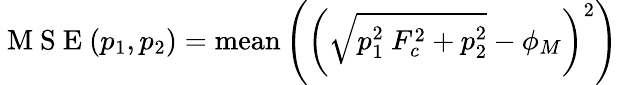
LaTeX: \mathrm{~M~S~E~}(p_{1},p_{2})=\textrm{mean}\left(\left(\sqrt{p_{1}^{2}~F_{c}^{2}+p_{2}^{2}}-\phi_{M}\right)^{2}\right)